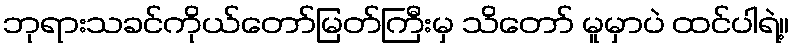
ဘုရားသခင်ကိုယ်တော်မြတ်ကြီးမှ သိတော် မူမှာပဲ ထင်ပါရဲ့။